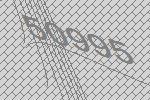
50995